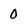
Character: 0